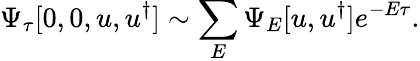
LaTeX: \Psi_{\tau}[0,0,u,u^{\dagger}]\sim\sum_{E}\Psi_{E}[u,u^{\dagger}]e^{-E\tau}.